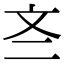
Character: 𫿭